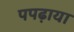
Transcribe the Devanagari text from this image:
पपढ़ाया